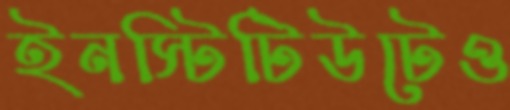
ইনস্টিটিউটেও